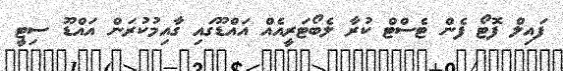
ފައިލް ފޮޓޯ ފެން ޓެސްޓް ކުރާ ލެބޯޓަރީއެއް އައްޑޫގައި ގާއިމުކުރަން އައްޑޫ ސިޓީ